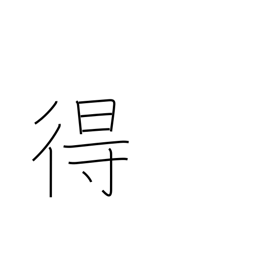
Meaning: can